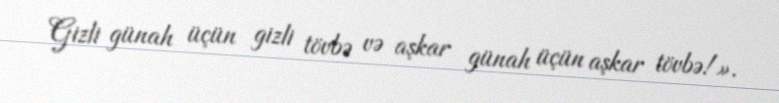
Gizli günah üçün gizli tövbə və aşkar günah üçün aşkar tövbə!».